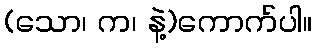
(သော၊ က၊ နဲ့)ကောက်ပါ။